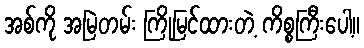
အစ်ကို အမြဲတမ်း ကြိုမြင်ထားတဲ့ ကိစ္စကြီးပေါ့။